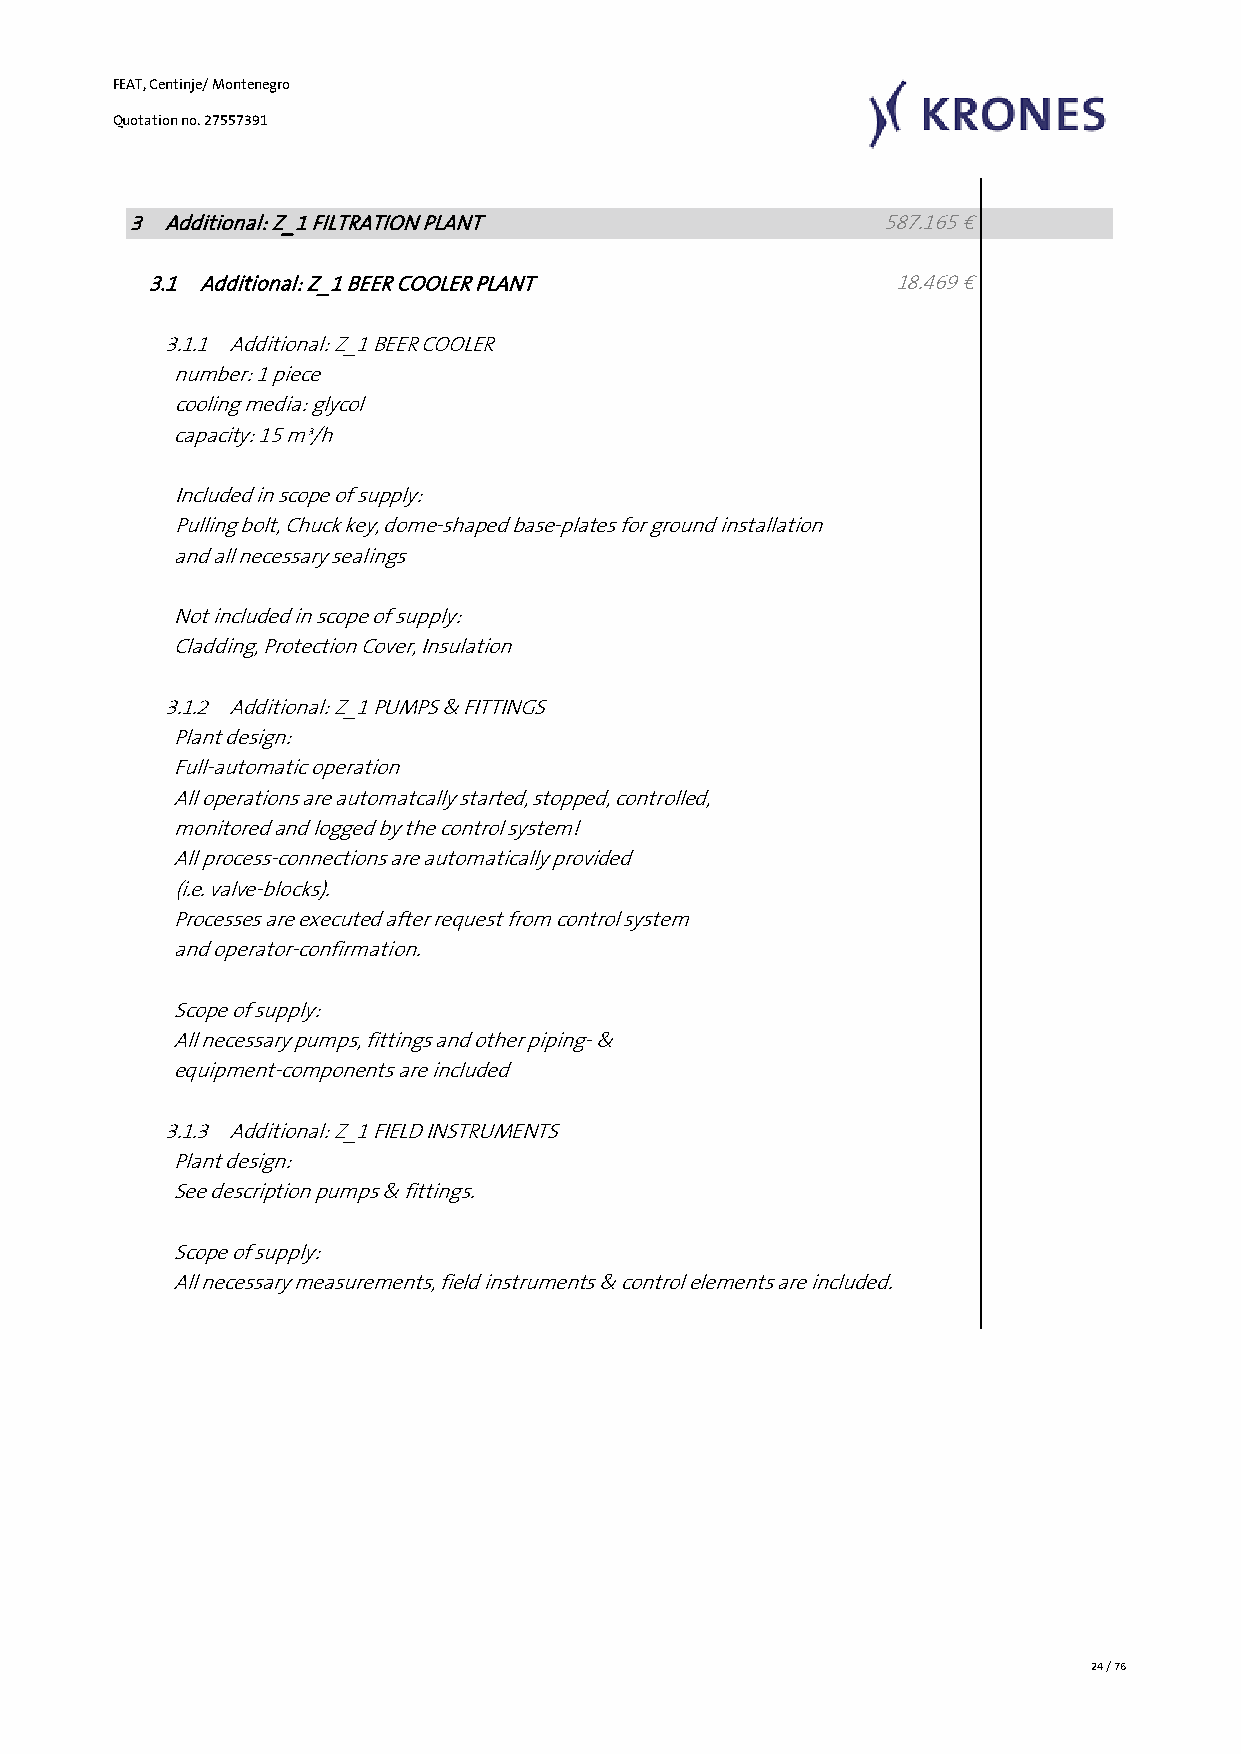
FEAT, Centinje/ Montenegro
 Quotation no. 27557391
 3 Additional: Z_1 FILTRATION PLANT                587.165 €
 3.1 Additional: Z_1 BEER COOLER PLANT             18.469 €
 3.1.1 Additional: Z_1 BEER COOLER
 number: 1 piece
 cooling media: glycol
 capacity: 15 m³/h
 Included in scope of supply:
 Pulling bolt, Chuck key, dome-shaped base-plates for ground installation
 and all necessary sealings
 Not included in scope of supply:
 Cladding, Protection Cover, Insulation
 3.1.2 Additional: Z_1 PUMPS & FITTINGS
 Plant design:
 Full-automatic operation
 All operations are automatcally started, stopped, controlled,
 monitored and logged by the control system!
 All process-connections are automatically provided
 (i.e. valve-blocks).
 Processes are executed after request from control system
 and operator-confirmation.
 Scope of supply:
 All necessary pumps, fittings and other piping- &
 equipment-components are included
 3.1.3 Additional: Z_1 FIELD INSTRUMENTS
 Plant design:
 See description pumps & fittings.
 Scope of supply:
 All necessary measurements, field instruments & control elements are included.
 24 / 76